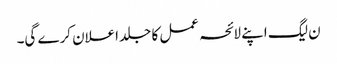
ن لیگ اپنے لائحہ عمل کا جلد اعلان کرے گی۔